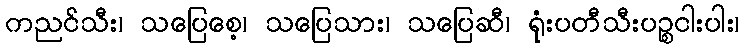
ကညင်သီး၊ သပြေစေ့၊ သပြေသား၊ သပြေဆီ၊ ရုံးပတီသီးပဉ္စငါးပါး၊